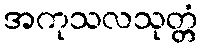
အကုသလသုတ္တံ